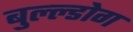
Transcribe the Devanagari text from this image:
बुल्ल्डोग